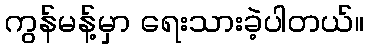
ကွန်မန့်မှာ ရေးသားခဲ့ပါတယ်။